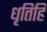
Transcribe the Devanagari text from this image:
धृतिहि